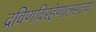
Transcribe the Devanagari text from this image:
द्रविणविरहेणालसतया